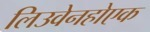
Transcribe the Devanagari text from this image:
लिउवेनहोएक